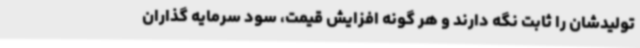
تولیدشان را ثابت نگه دارند و هر گونه افزایش قیمت، سود سرمایه گذاران